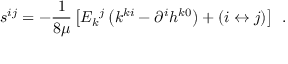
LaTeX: s ^ { i j } = - \frac 1 { 8 \mu } \left[ { \cal E } _ { k } { } ^ { j } \left( k ^ { k i } - \partial ^ { i } h ^ { k 0 } \right) + \left( i \leftrightarrow j \right) \right] \; \, .